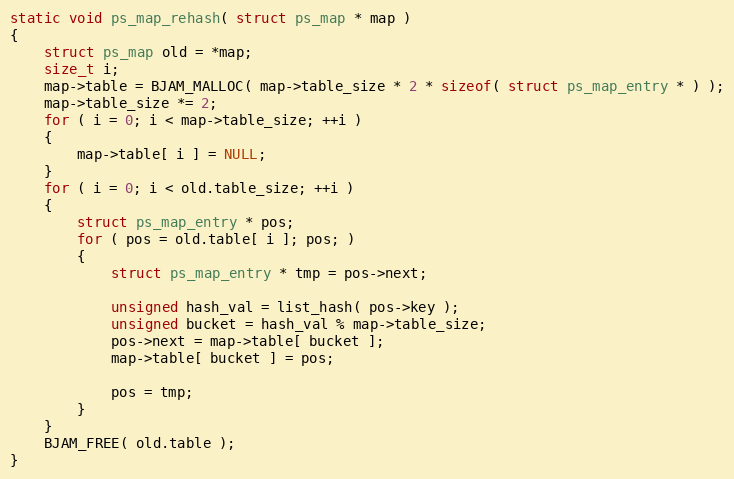
Language: C
static void ps_map_rehash( struct ps_map * map )
{
    struct ps_map old = *map;
    size_t i;
    map->table = BJAM_MALLOC( map->table_size * 2 * sizeof( struct ps_map_entry * ) );
    map->table_size *= 2;
    for ( i = 0; i < map->table_size; ++i )
    {
        map->table[ i ] = NULL;
    }
    for ( i = 0; i < old.table_size; ++i )
    {
        struct ps_map_entry * pos;
        for ( pos = old.table[ i ]; pos; )
        {
            struct ps_map_entry * tmp = pos->next;

            unsigned hash_val = list_hash( pos->key );
            unsigned bucket = hash_val % map->table_size;
            pos->next = map->table[ bucket ];
            map->table[ bucket ] = pos;

            pos = tmp;
        }
    }
    BJAM_FREE( old.table );
}